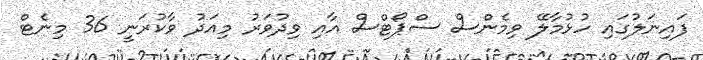
ފައިނަލުގައި ހުޅުމާލޭ ވިމެންސް ސްޕޯޓްސް އާއި ވިދުވަރު މިއަދު ވާކުރަނީ 36 މިނެޓް